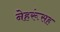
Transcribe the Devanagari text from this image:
नेहरूंसह